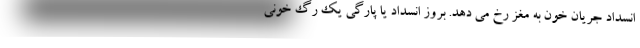
انسداد جریان خون به مغز رخ می دهد. بروز انسداد یا پارگی یک رگ خونی